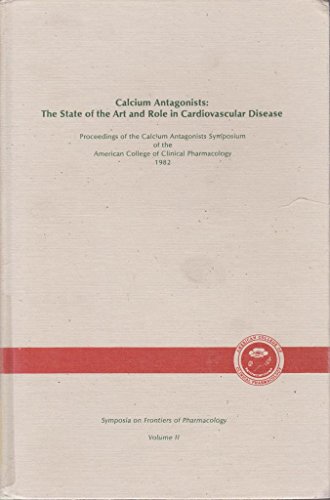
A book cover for Calcium Antagonists: The State of the Art and Role in Cardiovascular Disease (Symposia on frontiers of pharmacology); Medical Books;